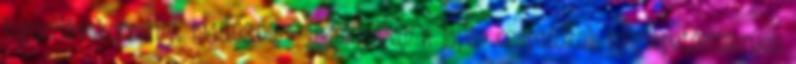
jugoszláv kormány. 1945.03.09. - Indokínában a japán csapatokok meglepetésszerûen